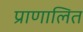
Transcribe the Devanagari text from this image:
प्राणालित